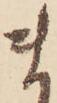
ま